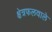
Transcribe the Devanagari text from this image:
क्षेत्रफलवाले